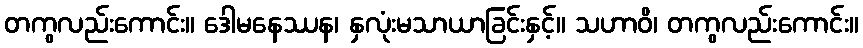
တကွလည်းကောင်း။ ဒေါမနေဿန၊ နှလုံးမသာယာခြင်းနှင့်။ သဟာဝိ၊ တကွလည်းကောင်း။